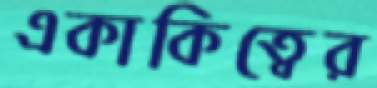
একাকিত্বের